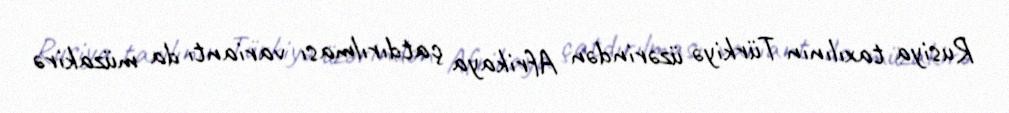
Rusiya taxılının Türkiyə üzərindən Afrikaya çatdırılması variantı da müzakirə